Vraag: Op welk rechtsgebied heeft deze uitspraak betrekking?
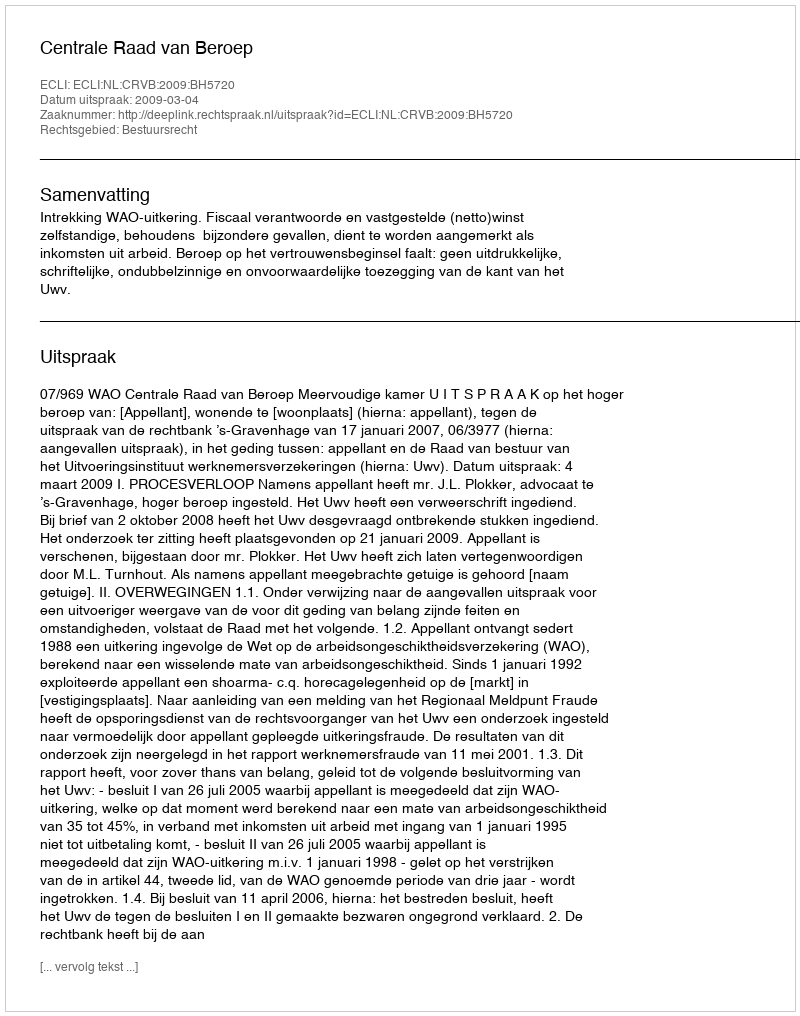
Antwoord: Bestuursrecht